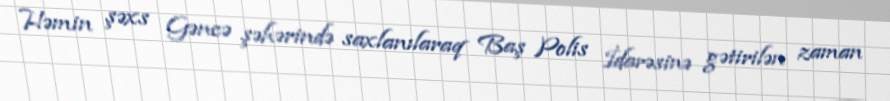
Həmin şəxs Gəncə şəhərində saxlanılaraq Baş Polis İdarəsinə gətirilən zaman